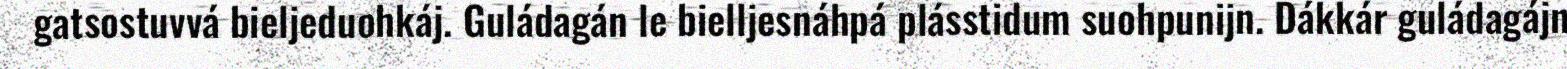
gatsostuvvá bieljeduohkáj. Guládagán le bielljesnáhpá plásstidum suohpunijn. Dákkár guládagájn